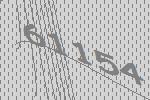
61154